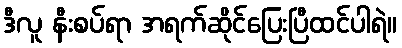
ဒီလူ နီးစပ်ရာ အရက်ဆိုင်ပြေးပြီထင်ပါရဲ။